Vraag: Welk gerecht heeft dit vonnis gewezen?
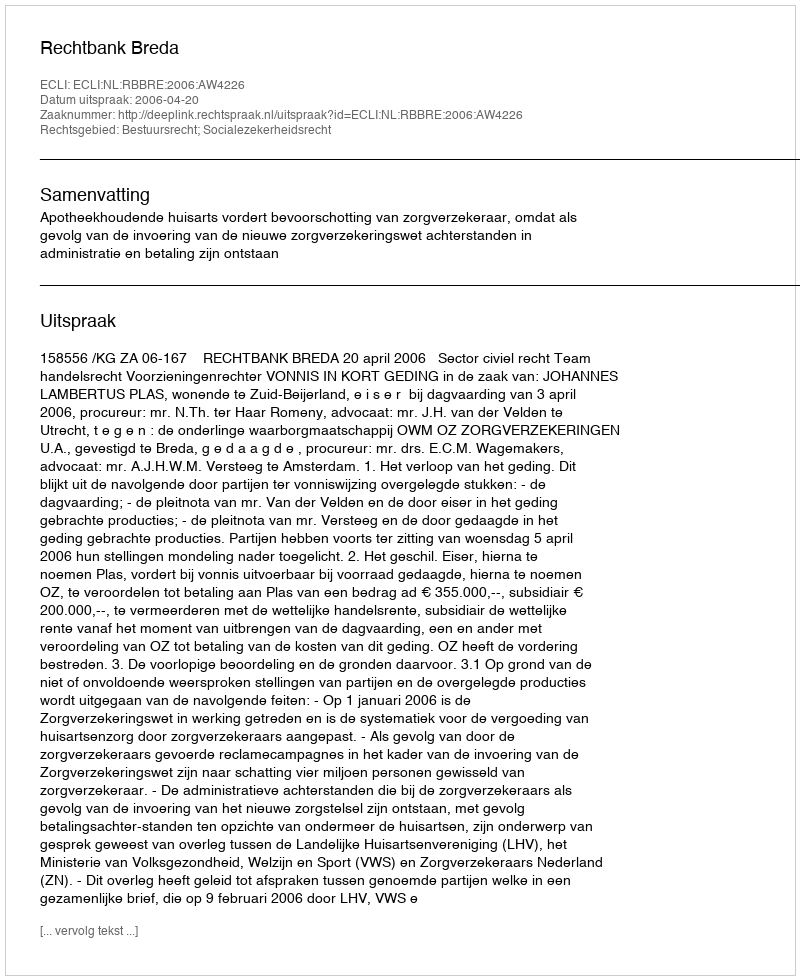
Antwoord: Rechtbank Breda